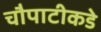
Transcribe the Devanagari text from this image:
चौपाटीकडे